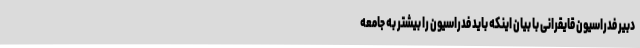
دبیر فدراسیون قایقرانی با بیان اینکه باید فدراسیون را بیشتر به جامعه